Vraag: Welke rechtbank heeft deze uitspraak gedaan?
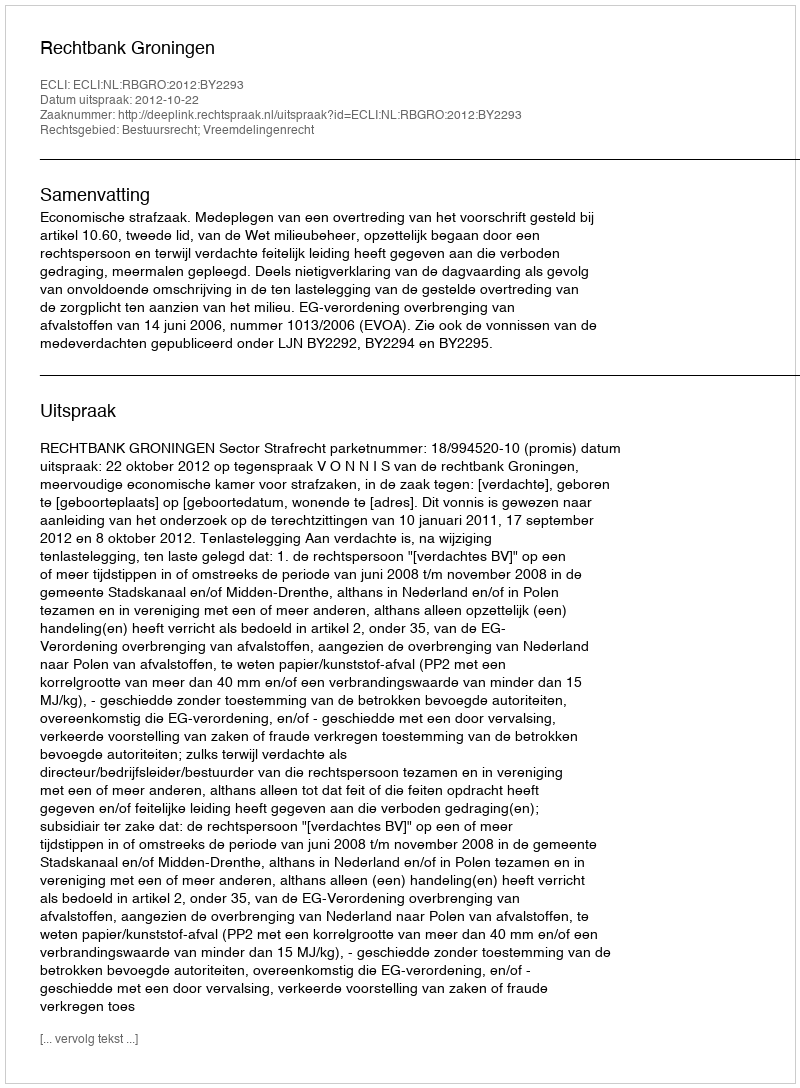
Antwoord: Rechtbank Groningen